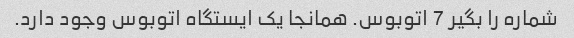
شماره را بگیر 7 اتوبوس. همانجا یک ایستگاه اتوبوس وجود دارد.